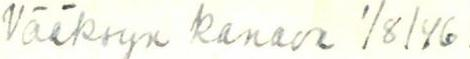
Vääksyn kanava 1/8/46